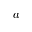
a